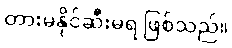
တားမနိုင်ဆီးမရ ဖြစ်သည်။